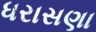
ધરાસણા